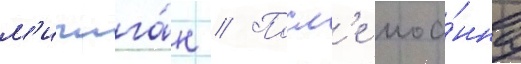
м'ичига́н // Посл'е иоа́нна